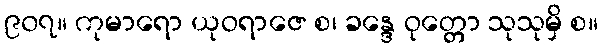
၉၀၇။ ကုမာရော ယုဝရာဇေ စ၊ ခန္ဒေ ဝုတ္တော သုသုမှိ စ။